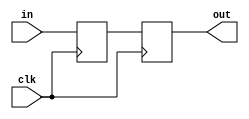
`timescale 1ns / 1ps
//////////////////////////////////////////////////////////////////////////////////
// Company: 
//
// Design Name:    
// Module Name:    synchronizer 
// Project Name:   
// Target Devices: 
// Tool versions: 
// Description:    dual ffd synchronizer for serial incoming signal
//
// Dependencies: 
//
// Revision: 
// Revision 0.01 - File Created
// Additional Comments: 
//
//////////////////////////////////////////////////////////////////////////////////
module synchronizer
(
    input clk,
    input in,
    output out
);

    reg ffd1_q, ffd2_q;

    assign out = ffd2_q;

    always @(posedge clk)
        begin    
            ffd1_q <= in;
            ffd2_q <= ffd1_q;
        end

endmodule